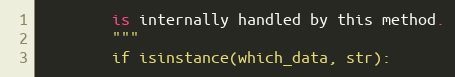
Language: Python
        is internally handled by this method.
        """
        if isinstance(which_data, str):